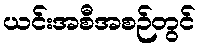
ယင်းအစီအစဉ်တွင်